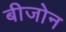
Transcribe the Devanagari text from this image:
बीजोन